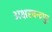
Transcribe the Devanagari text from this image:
अक्षरचन्द्रपुर